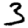
Digit: 3